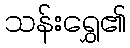
သန်းရွှေ၏